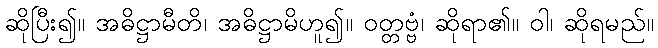
ဆိုပြီး၍။ အဓိဋ္ဌာမီတိ၊ အဓိဋ္ဌာမိဟူ၍။ ဝတ္တဗ္ဗံ၊ ဆိုရာ၏။ ဝါ၊ ဆိုရမည်။